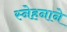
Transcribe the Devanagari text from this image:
स्नेहनाने